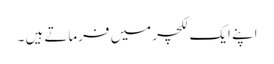
اپنے ایک لکچر میں فرماتے ہیں ۔